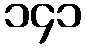
၁၄၁